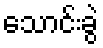
သောင်းခွဲ